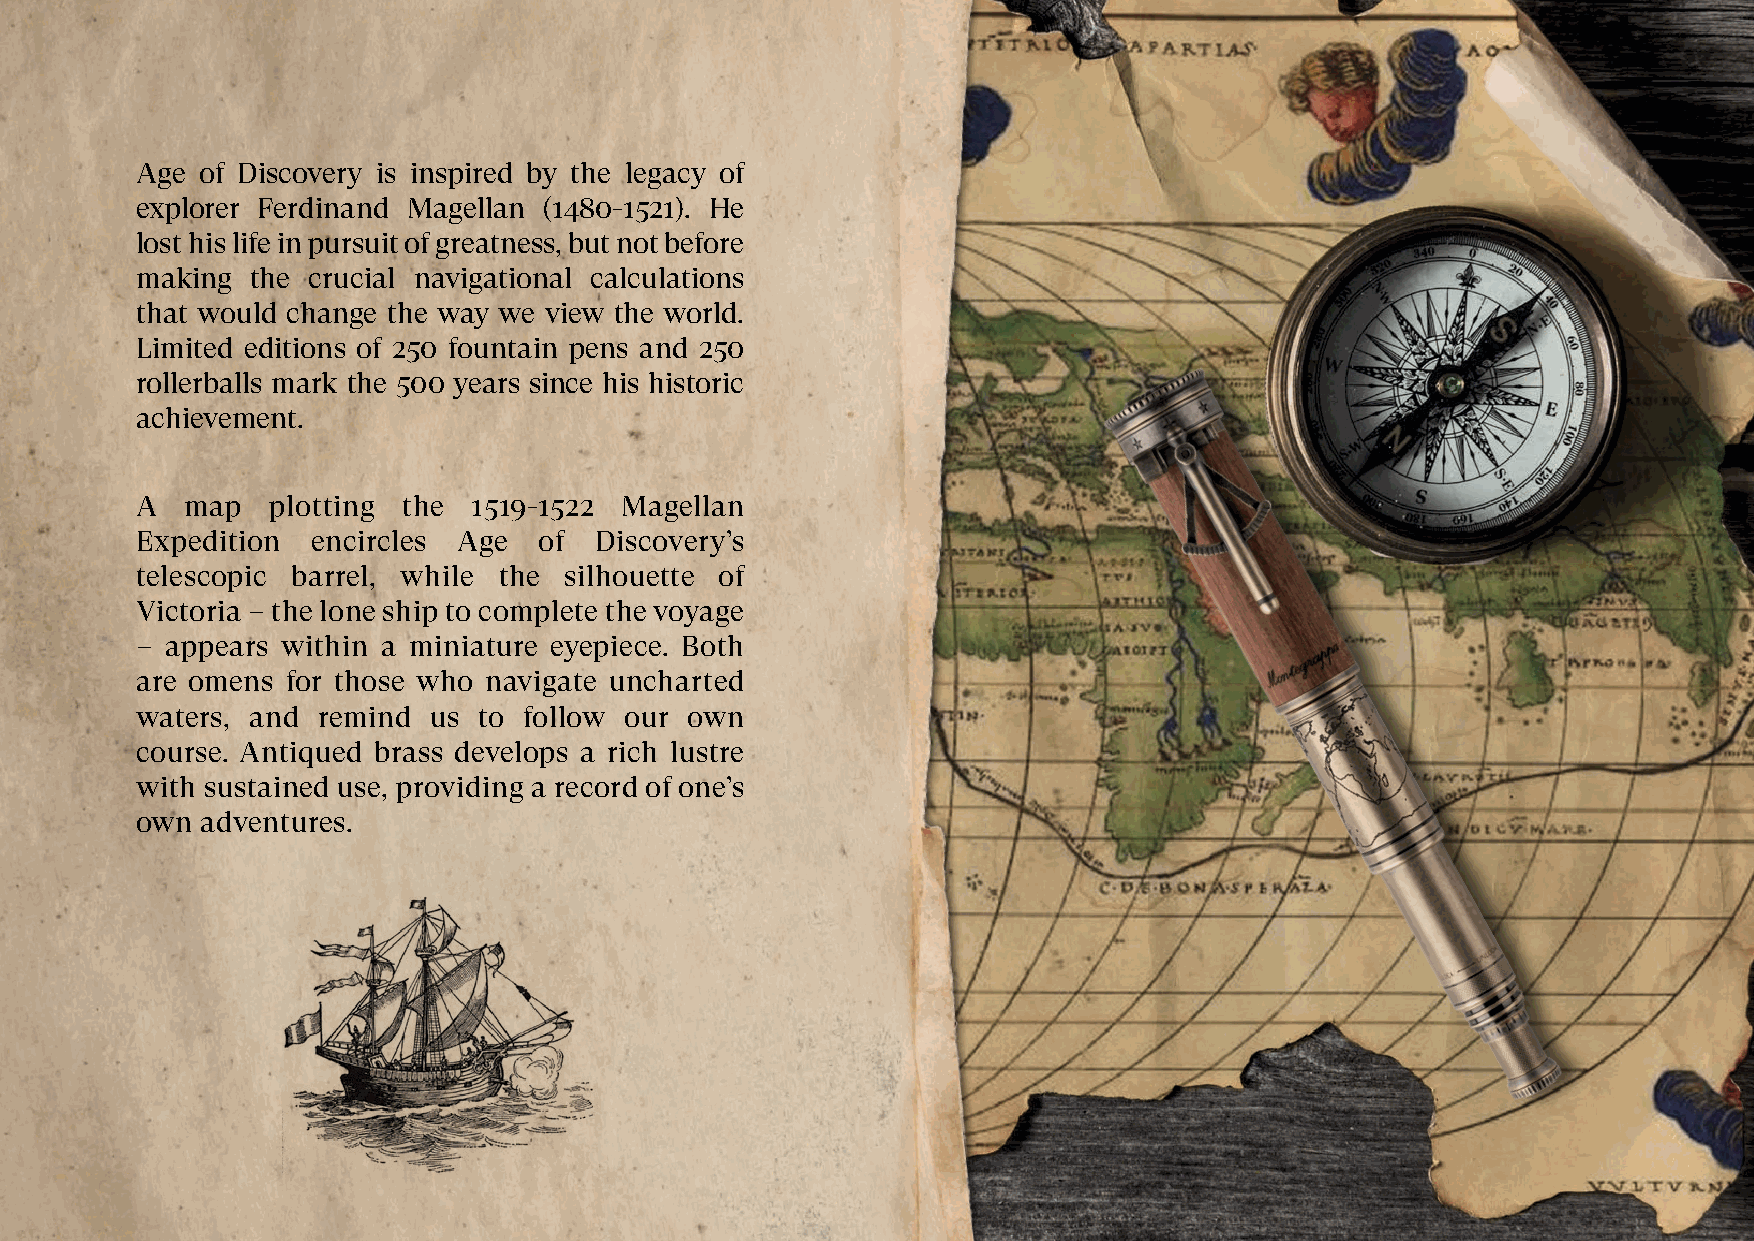
Age of Discovery is inspired by the legacy of
 explorer Ferdinand Magellan (1480-1521). He
 lost his life in pursuit of greatness, but not before
 making  the crucial navigational calculations
 that would change the way we view the world.
 Limited editions of 250 fountain pens and 250
 rollerballs mark the 500 years since his historic
 achievement.
 A  map   plotting the 1519-1522 Magellan
 Expedition  encircles Age  of Discovery’s
 telescopic barrel, while the silhouette of
 Victoria – the lone ship to complete the voyage
 – appears within a miniature eyepiece. Both
 are omens for those who navigate uncharted
 waters, and remind  us to follow our own
 course. Antiqued brass develops a rich lustre
 with sustained use, providing a record of one’s
 own adventures.